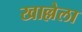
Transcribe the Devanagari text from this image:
खाल्लेला